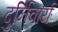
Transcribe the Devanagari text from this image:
दुर्निवार्य